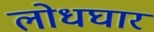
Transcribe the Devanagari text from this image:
लोधघार